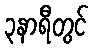
၃နာရီတွင်